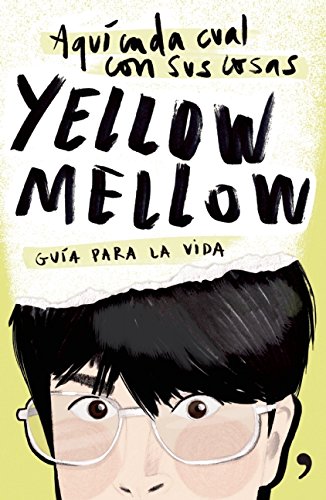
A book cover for AquÃ­ cada cual con sus cosas (Spanish Edition); Yellow Mellow; Teen & Young Adult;